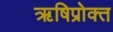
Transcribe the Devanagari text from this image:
ऋषिप्रोक्त